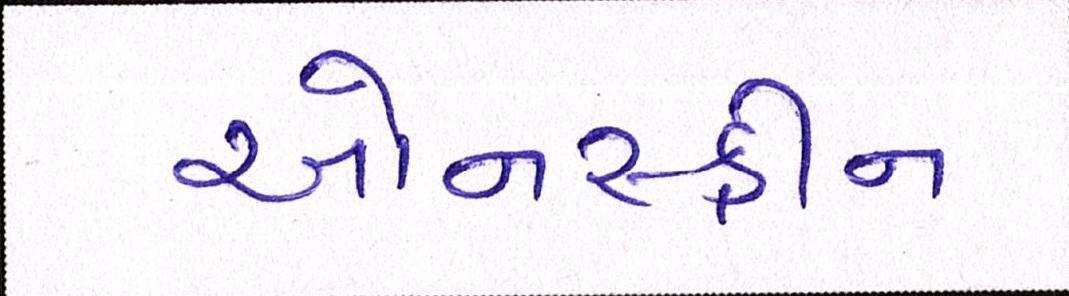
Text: ઓનસ્ક્રીન